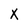
Character: x